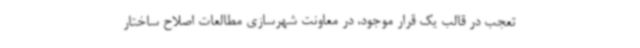
تعجب در قالب یک قرار موجود، در معاونت شهرسازی مطالعات اصلاح ساختار